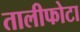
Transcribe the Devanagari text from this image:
तालीफोटा